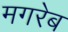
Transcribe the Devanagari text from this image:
मगरेब